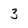
Character: 3